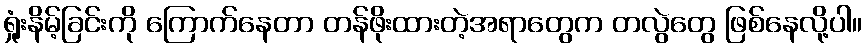
ရှုံးနိမ့်ခြင်းကို ကြောက်နေတာ တန်ဖိုးထားတဲ့အရာတွေက တလွဲတွေ ဖြစ်နေလို့ပါ။